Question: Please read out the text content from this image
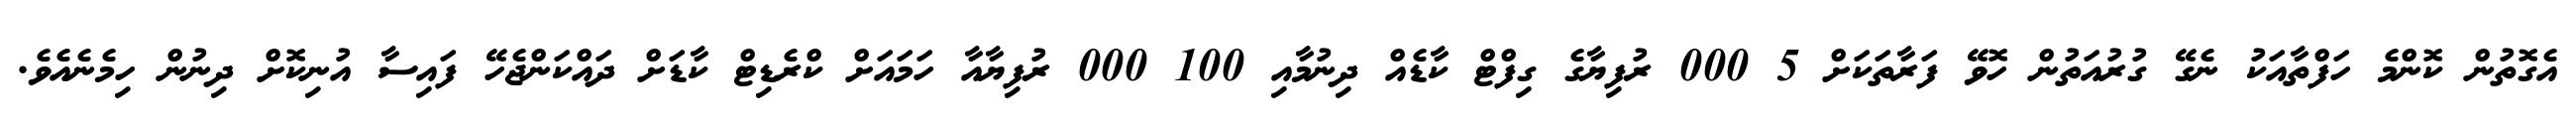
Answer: އެގޮތުން ކޮންމެ ހަފްތާއަކު ނެގޭ ގުރުއަތުން ހޮވޭ ފަރާތަކަށް 5 000 ރުފިޔާގެ ގިފްޓް ކާޑެއް ދިނުމާއި 100 000 ރުފިޔާއާ ހަމައަށް ކްރެޑިޓް ކާޑަށް ދައްކަންޖެހޭ ފައިސާ އުނިކޮށް ދިނުން ހިމެނެއެވެ.